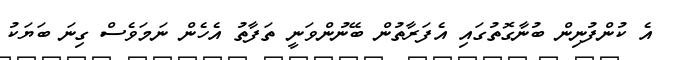
އެ ކުންފުނިން ބުނާގޮތުގައި އެފަރާތުން ބޭނުންވަނީ ތަފާތު އެހެން ނަމަވެސް ގިނަ ބަޔަކު